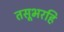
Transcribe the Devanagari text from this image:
तसूभरहि